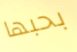
بحبها